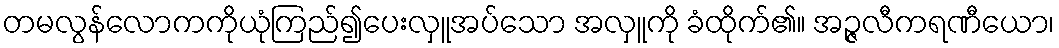
တမလွန်လောကကိုယုံကြည်၍ပေးလှူအပ်သော အလှူကို ခံထိုက်၏။ အဉ္ဇလီကရဏီယော၊